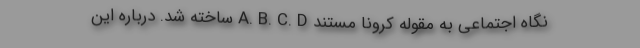
نگاه اجتماعی به مقوله کرونا مستند A. B. C. D ساخته شد. درباره این